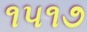
૧૫૧૭